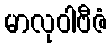
မာလုဝါဗီဇံ